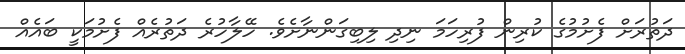
ދަތުރަށް ފެށުމުގެ ކުރިން ފުރިހަމަ ނިދި ލިބިގަންނާށެވެ. ހޭލާހުރެ ދަތުރެއް ފެށުމަކީ ބައެއް